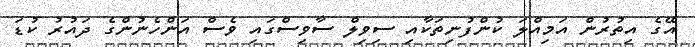
އޭގެ އިތުރުން އަމިއްލަ ކުންފުނިތަކާއި ސިވިލް ސާވިސްގައި ވެސް އަންހެނުންގެ ދައުރު ކުޑަ